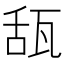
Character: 𤭇